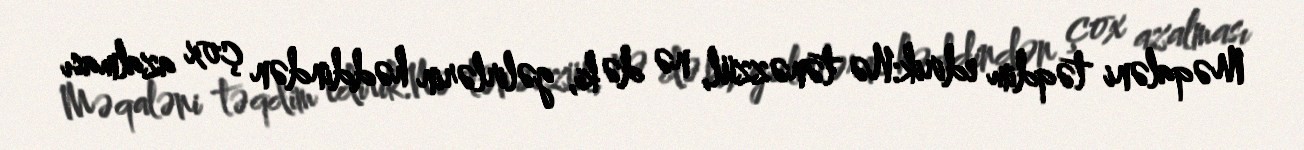
Məqaləni təqdim edirik:Nə tənəzzül, nə də ki, gəlirlərin həddindən çox azalması